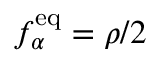
f _ { \alpha } ^ { \mathrm { e q } } = \rho / 2